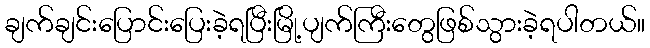
ချက်ချင်းပြောင်းပြေးခဲ့ရပြီးမြို့ပျက်ကြီးတွေဖြစ်သွားခဲ့ရပါတယ်။